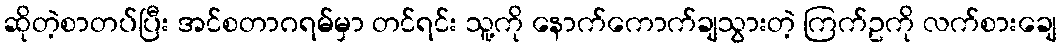
ဆိုတဲ့စာတပ်ပြီး အင်စတာဂရမ်မှာ တင်ရင်း သူ့ကို နောက်ကောက်ချသွားတဲ့ ကြက်ဥကို လက်စားချေ